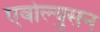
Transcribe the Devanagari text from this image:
एवोल्युसन